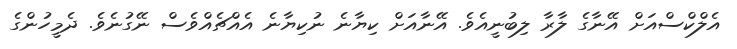
އެލްކްސްއަށް އޭނާގެ ލާރާ ލިބުނީއެވެ. އޭނާއަށް ކިޔާނެ ނުކިޔާނެ އެއްޗެއްވެސް ނޭގުނެވެ. ދެމީހުންގެ